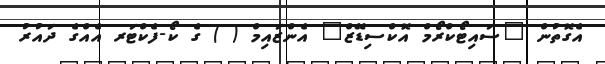
އެގޮތުން "ސައިޓޯކްރޯމް އޮކްސިޑޭޒް" އެންޒައިމް ( ) ގެ ކޯ-ފެކްޓަރ އެއްގެ ދައުރު